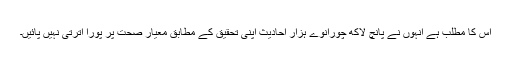
اس کا مطلب ہے انہوں نے پانچ لاکھ چورانوے ہزار احادیث اپنی تحقیق کے مطابق معیار صحت پر پورا اترتی نہیں پائیں۔